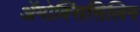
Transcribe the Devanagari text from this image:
ॲमोक्सिसिलिन